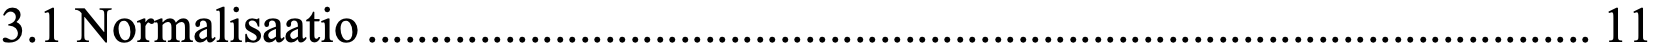
3.1 Normalisaatio .................................................................................................. 11